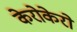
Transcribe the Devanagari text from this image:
केरोकेरो